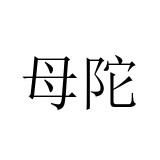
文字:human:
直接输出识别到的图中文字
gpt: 母陀